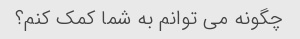
چگونه می توانم به شما کمک کنم؟